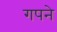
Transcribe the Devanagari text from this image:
गपने